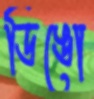
ডিঙো